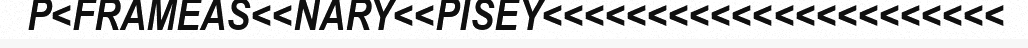
P<FRAMEAS<<NARY<<PISEY<<<<<<<<<<<<<<<<<<<<<<